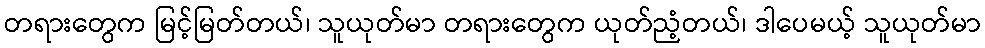
တရားတွေက မြင့်မြတ်တယ်၊ သူယုတ်မာ တရားတွေက ယုတ်ညံ့တယ်၊ ဒါပေမယ့် သူယုတ်မာ